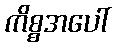
ကိစ္စအပေါ်